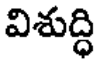
విశుద్ధి